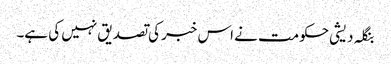
بنگلہ دیشی حکومت نے اس خبر کی تصدیق نہیں کی ہے۔